Report on vaccination in Madras 1922-1929 - 1922-1929
Year: 1922
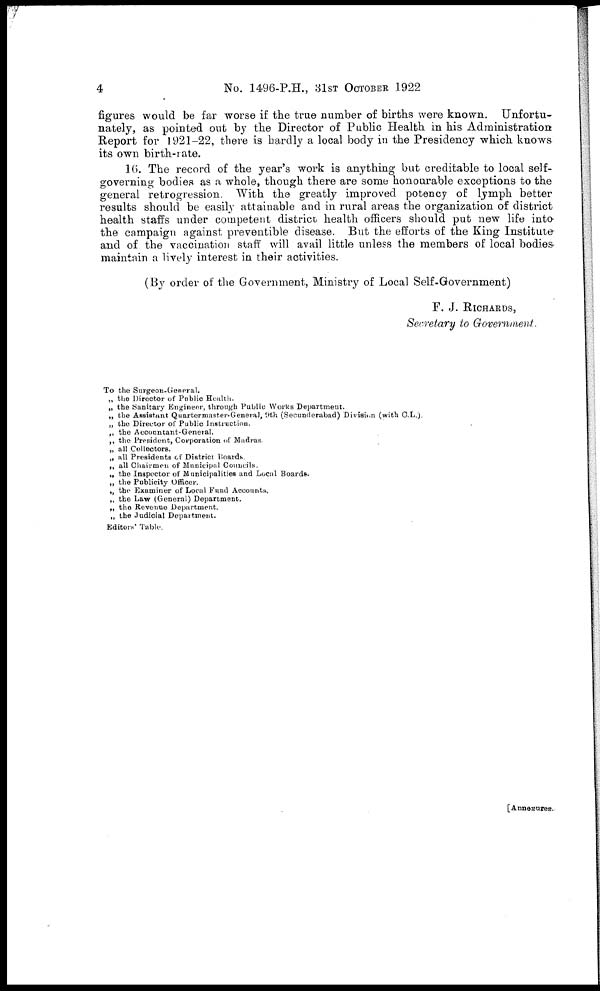
4
No. 1496-P.H., 31ST OCTOBER 1922
figures would be far worse if the true number of births were known. Unfortu-
nately, as pointed out by the Director of Public Health in his Administration
Report for 1921—22, there is hardly a local body in the Presidency which knows
its own birth-rate.
16. The record of the year's work is anything but creditable to local self-
governing bodies as a whole, though there are some honourable exceptions to the
general retrogression. With the greatly improved potency of lymph better
results should be easily attainable and in rural areas the organization of district
health staffs under competent district health officers should put new life into
the campaign against preventible disease. But the efforts of the King Institute
and of the vaccination staff will avail little unless the members of local bodies
maintain a lively interest in their activities.
(By order of the Government, Ministry of Local Self-Government)
F. J. RICHARDS,
Secretary to Government.
To the Surgeon-General.
„ the Director of Public Health.
„ the Sanitary Engineer, through Public Works Department.
„ the Assistant Quartermaster-General, 9th (Secunderabad) Division (with C.L.).
„ the Director of Public Instruction.
„ the Accountant-General.
„ the President, Corporation of Madras.
„ all Collectors.
„ all Presidents of District Hoards.
„ all Chairmen of Municipal Councils.
„ the Inspector of Municipalities and Local Boards.
„ the Publicity Officer.
„ the Examiner of Local Fund Accounts.
„ the Law (General) Department.
„ the Revenue Department.
„ the Judicial Department.
Editors' Table.
[Annexures.]